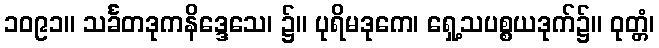
၁၀၉၁။ သင်္ခတဒုကနိဒ္ဒေသေ၊ ၌။ ပုရိမဒုကေ၊ ရှေ့သပစ္စယဒုက်၌။ ဝုတ္တံ၊